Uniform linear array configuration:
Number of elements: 16
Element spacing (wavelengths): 1
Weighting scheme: hamming
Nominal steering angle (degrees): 15
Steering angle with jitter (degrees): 14.447
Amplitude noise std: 0.05
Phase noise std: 0.05

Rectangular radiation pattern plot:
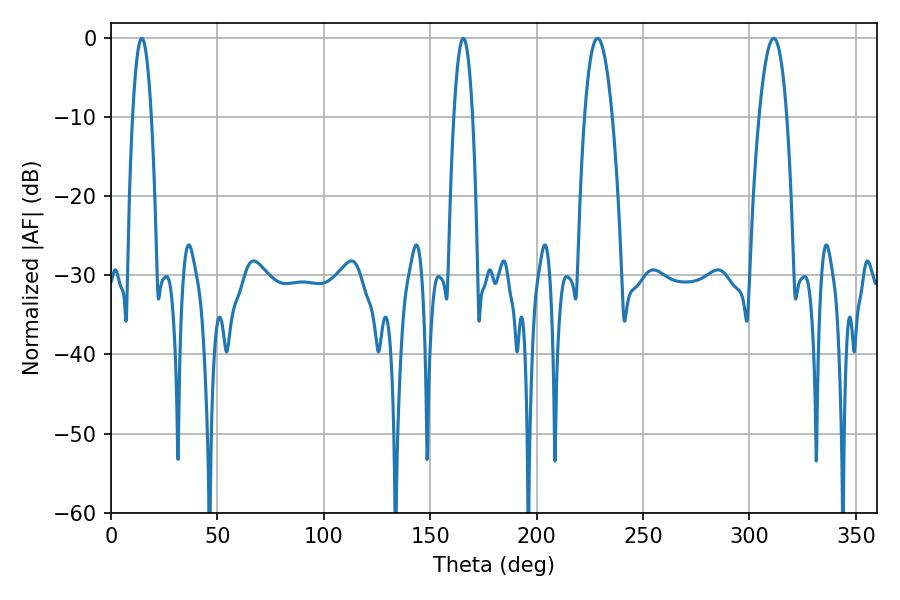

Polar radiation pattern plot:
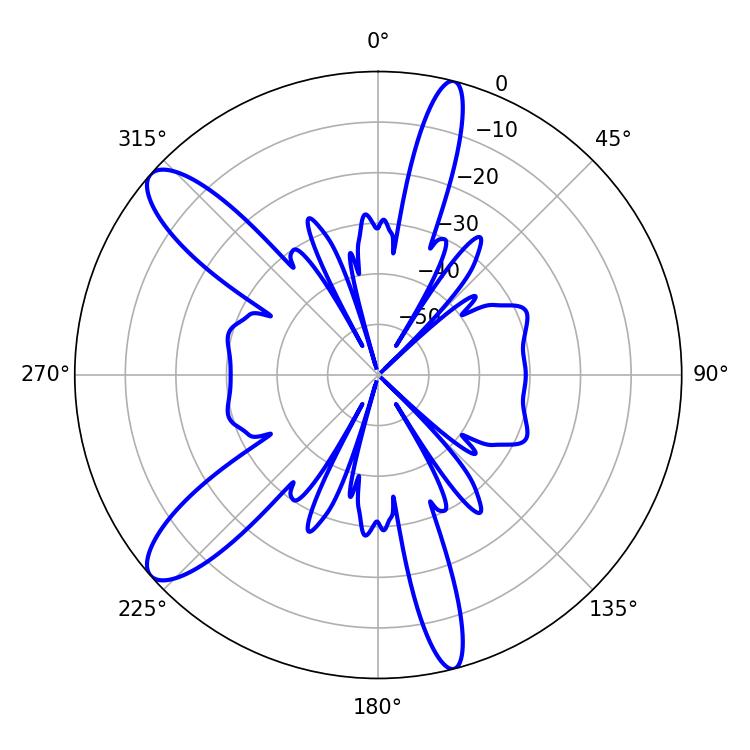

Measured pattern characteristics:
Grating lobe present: TRUE
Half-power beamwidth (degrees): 7.2
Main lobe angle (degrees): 228.6